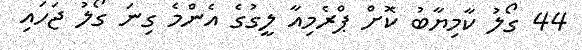
44 ގޯލު ކާމިޔާބު ކޮށް ޕްރެމިއާ ލީގުގެ އެންމެ ގިނަ ގޯލު ޖަހައި